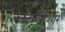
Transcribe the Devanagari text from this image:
कैस्ताफिओरे